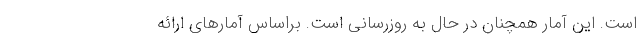
است. این آمار همچنان در حال به روزرسانی است. براساس آمارهای ارائه